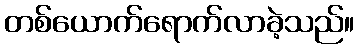
တစ်ယောက်ရောက်လာခဲ့သည်။